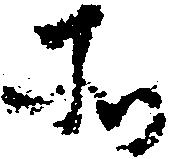
所